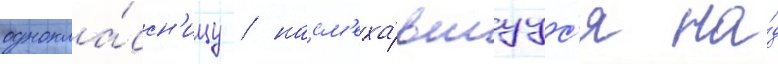
однокла́ссн'ицу / насм'еха́вшуус'я на́д